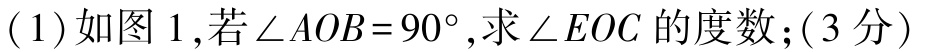
(1)如图1,若\(\angle AOB = 90^{\circ}\),求\(\angle EOC\)的度数;(3分)